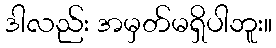
ဒါလည်း အမှတ်မရှိပါဘူး။